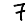
Digit: 7